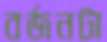
বর্জনটা